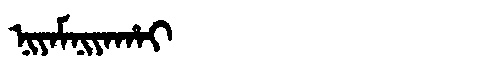
Manchu: ᠨᡳᠶᠠᠮᠨᡳᠶᠠᡥᠠᡳ
Romanization: NIYAMNIYAHAI